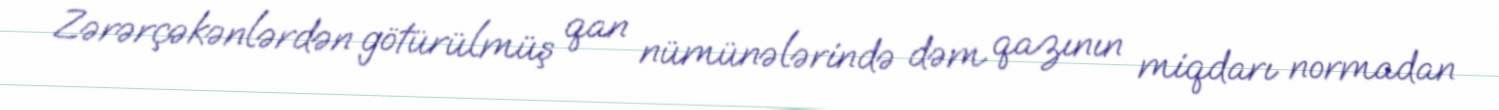
Zərərçəkənlərdən götürülmüş qan nümünələrində dəm qazının miqdarı normadan